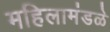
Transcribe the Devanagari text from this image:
महिलामंडळे